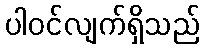
ပါဝင်လျက်ရှိသည်